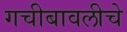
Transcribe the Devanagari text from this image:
गचीबावलीचे